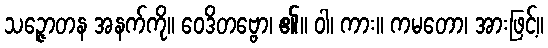
သဉ္ဇောတန အနက်ကို။ ဝေဒိတဗ္ဗော၊ ၏။ ဝါ၊ ကား။ ကမတော၊ အားဖြင့်။